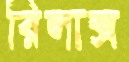
রিলাক্স